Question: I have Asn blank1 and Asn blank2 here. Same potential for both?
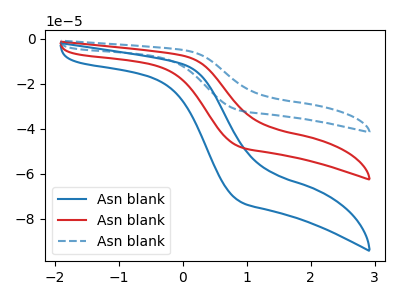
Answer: <think>The blue curve "Asn blank1" has no peaks. The red curve "Asn blank2" has no peaks. The blue dashed curve "Asn blank3" has no peaks.
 Neither "Asn blank1" or "Asn blank2" have any peaks.</think>
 <answer>"Asn blank1" and "Asn blank2" are similar in shape.</answer>
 <eval>same_shape</eval>